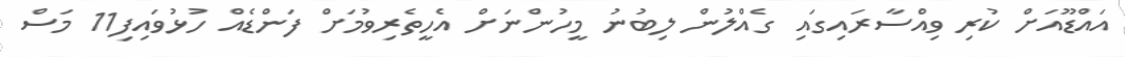
އައްޑޫއަށް ކުރި ވިއްސާރައިގައި ގެއްލުން ލިބުނު މީހުންނަށް އެހީތެރިވުމަށް ފަންޑެއް ހުޅުވައިފި11 މަސް